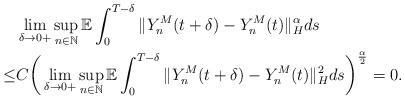
LaTeX: \begin{align*}& \lim_{\delta\rightarrow 0+} \sup_{n\in\mathbb{N}} \mathbb{E} \int_0^{T-\delta} \Vert Y_n^M (t+\delta) - Y_n^M (t) \Vert_{H}^{\alpha} ds \\\leq & C \bigg( \lim_{\delta\rightarrow 0+} \sup_{n\in\mathbb{N}} \mathbb{E} \int_0^{T-\delta} \Vert Y_n^M (t+\delta) - Y_n^M (t) \Vert_{H}^{2} ds \bigg)^{\frac{\alpha}{2}} = 0.\end{align*}